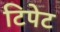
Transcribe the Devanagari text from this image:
टिपेट